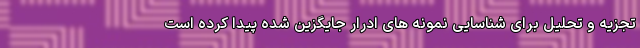
تجزیه و تحلیل برای شناسایی نمونه های ادرار جایگزین شده پیدا کرده است